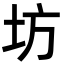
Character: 坊